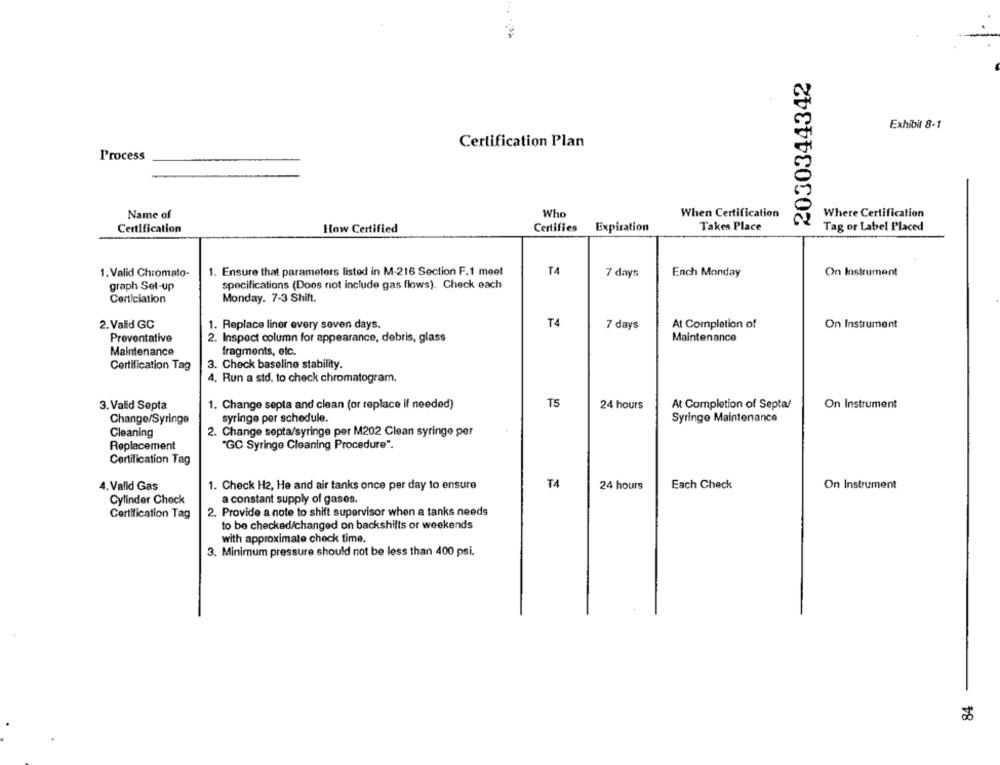
2030344342
Exhibit 8-1
Certification Plan
Process
Name of
Who
When Certification
Where Certification
Certification
How Certified
Certifies
Expiration
Takes Place
Tag or Label Placed
1. Valid Chromato-
1. Ensure that parameters listed in M-216 Section F.1 meet
T4
7 days
Ench Monday
On Instrument
specifications (Does not include gas flows). Check each
graph Set-up
Certiciation
Monday. 7-3 Shift.
2. Valid GC
1. Replace liner every seven days.
T4
7 days
At Completion of
On Instrument
Preventative
2. Inspect column for appearance, debris, glass
Maintenance
Maintenance
fragments, etc.
Certification Tag
3. Check baseline stability.
4. Run a std. to check chromatogram.
3. Valid Septa
1. Change septa and clean (or replace if needed)
T5
24 hours
At Completion of Septa/
On Instrument
Change/Syringe
syringe per schedule.
Syringe Maintenance
Cleaning
2. Change septa/syringe per M202 Clean syringe per
Replacement
"GC Syringe Cleaning Procedure".
Certification Tag
T4
4. Valid Gas
1. Check H2, He and air tanks once per day to ensure
24 hours
Each Check
On Instrument
Cylinder Check
a constant supply of gases.
2. Provide a note to shift supervisor when a tanks needs
Certification Tag
to be checked/changed on backshifts or weekends
with approximate check time.
3. Minimum pressure should not be less than 400 psi.
84